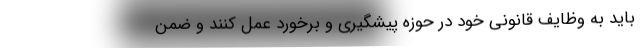
باید به وظایف قانونی خود در حوزه پیشگیری و برخورد عمل کنند و ضمن